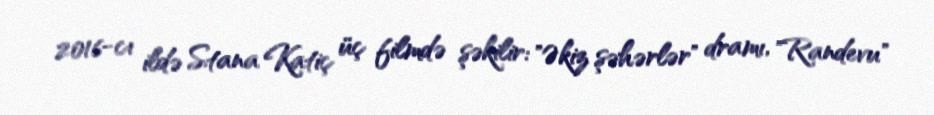
2016-cı ildə Stana Katiç üç filmdə şəkilir: "Əkiz şəhərlər" dramı, "Randevu"